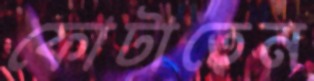
ফোটাতেন